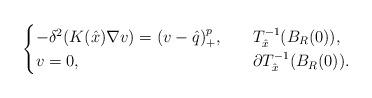
LaTeX: \begin{align*}\begin{cases}-\delta^2(K(\hat{x})\nabla v)= (v-\hat{q})^{p}_+,\ \ & \ T_{\hat{x}}^{-1}(B_R(0)),\\v=0,\ \ & \ \partial T_{\hat{x}}^{-1}(B_R(0)).\end{cases}\end{align*}